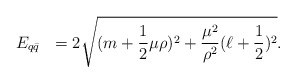
\begin{align*}E_{q \bar{q}}~~= 2\sqrt{(m+\frac{1}{2} \mu \rho)^{2}+ \frac{\mu^{2}}{\rho^{2}} (\ell+\frac{1}{2})^{2}} .\end{align*}